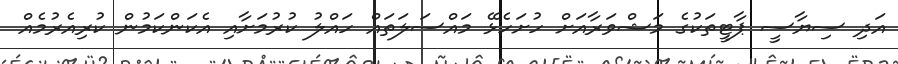
އަދި ސިޔާސީ ޕާޓީތަކުގެ މަޝްވަރާއަށް ހުށަހެޅޭ މައްސަލަތައް ހައްލު ކުރުމަށާއި އެކަންކަމުން ކުރިއެރުމެއް